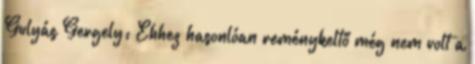
Gulyás Gergely: Ehhez hasonlóan reménykeltő még nem volt a